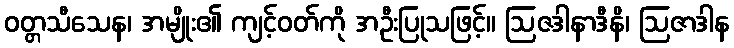
ဝတ္တသီသေန၊ အမျိုး၏ ကျင့်ဝတ်ကို အဦးပြုသဖြင့်။ ဩဇဒါနာဒီနိ၊ ဩဇာဒါန